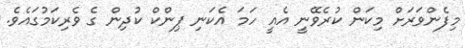
މިފެންވަރަށް މިކަން ކުރެވޭނީ އެއީ ހަމަ އެކަނި ޕިންކް ކުދިން ގެ ވެރިކަމުގައެވެ.